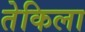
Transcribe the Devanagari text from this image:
तेकिला